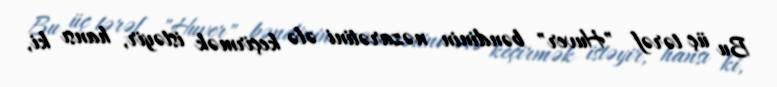
Bu üç tərəf "Huver" bəndinin nəzarətini ələ keçirmək istəyir, hansı ki,